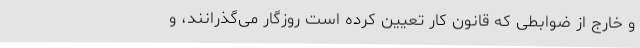
و خارج از ضوابطی که قانون کار تعیین کرده است روزگار می‌گذرانند، و